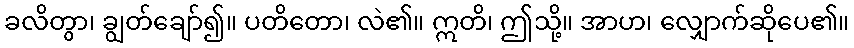
ခလိတွာ၊ ချွတ်ချော်၍။ ပတိတော၊ လဲ၏။ ဣတိ၊ ဤသို့။ အာဟ၊ လျှောက်ဆိုပေ၏။